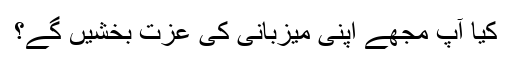
کیا آپ مجھے اپنی میزبانی کی عزت بخشیں گے؟